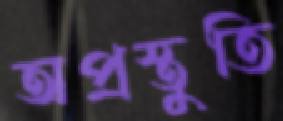
অপ্রস্তুতি